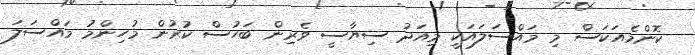
ކޮންމެއަކަސް މި މައްސަލައަކީ މިއަދު ސިޔާސީ ވެރިން ބަހުސް ކުރުން މުހިންމު މައްސަލަ